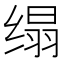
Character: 𦈖